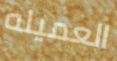
العميله